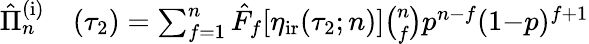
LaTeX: \begin{array}{rl}{\hat{\Pi}_{n}^{\mathrm{(i)}}}&{{}(\tau_{2})=\sum_{f=1}^{n}\hat{F}_{f}[\eta_{\mathrm{ir}}(\tau_{2};n)]\binom{n}{f}p^{n-f}(1{-}p)^{f+1}}\end{array}